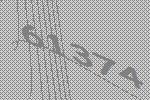
61374